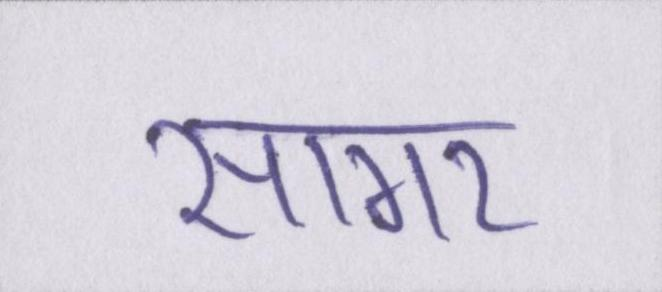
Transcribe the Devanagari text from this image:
सागर